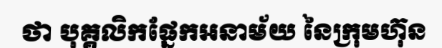
ថា បុគ្គលិកផ្នែកអនាម័យ នៃក្រុមហ៊ុន